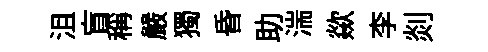
沮盲稱嚴獨昏助湍歘李剡